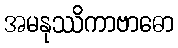
အမနုဿိကာဗာဓော